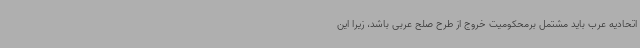
اتحادیه عرب باید مشتمل برمحکومیت خروج از طرح صلح عربی باشد، زیرا این